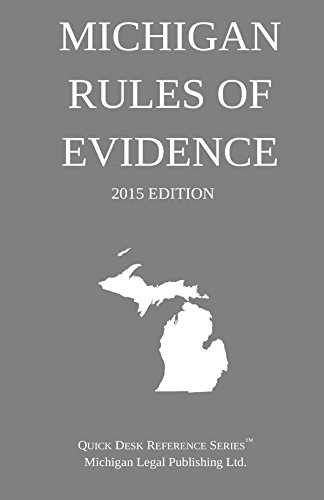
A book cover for Michigan Rules of Evidence; 2015 Edition: Quick Desk Reference Series; Michigan Legal Publishing Ltd.; Law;